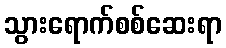
သွားရောက်စစ်ဆေးရာ